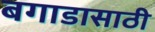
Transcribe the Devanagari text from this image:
बगाडासाठी